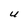
Character: U